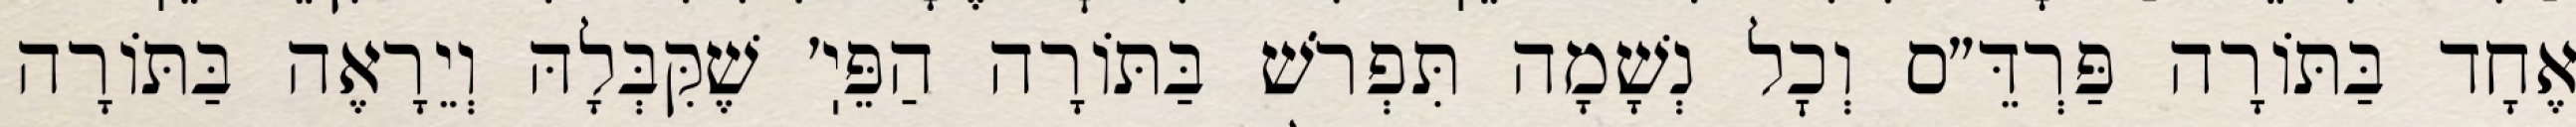
אֶחָד בַּתּוֹרָה פַּרְדֵּ״ס וְכׇל נְשָׁמָה תִּפְרֹשׁ בַּתּוֹרָה הַפֵּיֽ׳ שֶׁקִּבְּלָהּ וְיֵרָאֶה בַּתּוֹרָה